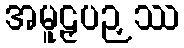
အမူဠှပဉှဿ